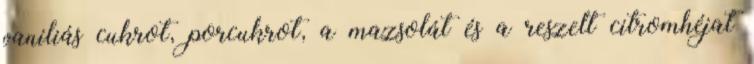
vaníliás cukrot, porcukrot, a mazsolát és a reszelt citromhéjat